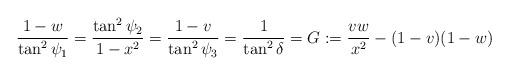
LaTeX: \begin{align*}{1-w\over\tan^2\psi_1}={\tan^2\psi_2\over1-x^2}={1-v\over\tan^2\psi_3}={1\over\tan^2\delta}=G:={vw\over x^2}-(1-v)(1-w)\end{align*}